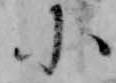
小